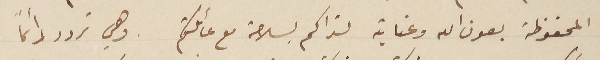
المحفوظة بعون الله وعنايته لتراكم بسلامة مع عائلكم وهي تردد دائمًا